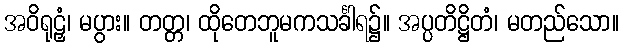
အဝိရုဠှံ၊ မပွား။ တတ္တ၊ ထိုတေဘူမကသင်္ခါရ၌။ အပ္ပတိဋ္ဌိတံ၊ မတည်သော။